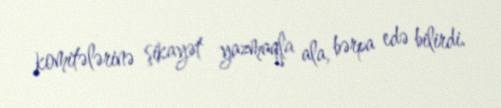
komitələrinə şikayət yazmaqla ala, bərpa edə bilirdi.